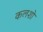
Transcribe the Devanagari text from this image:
कलशो